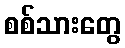
စစ်သားတွေ